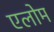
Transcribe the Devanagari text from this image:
एलोम